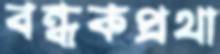
বন্ধকপ্রথা